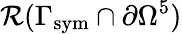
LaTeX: \mathcal{R}(\Gamma_{\mathrm{sym}}\cap\partial\Omega^{5})